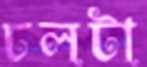
ঢলটা